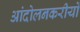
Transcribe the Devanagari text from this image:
आंदोलनकरीयों